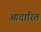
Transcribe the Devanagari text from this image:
आदारित